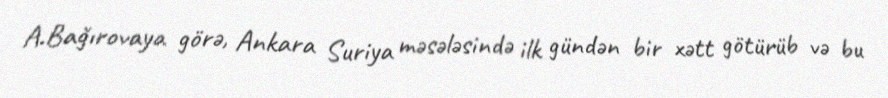
A.Bağırovaya görə, Ankara Suriya məsələsində ilk gündən bir xətt götürüb və bu